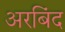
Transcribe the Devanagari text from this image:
अरबिंद